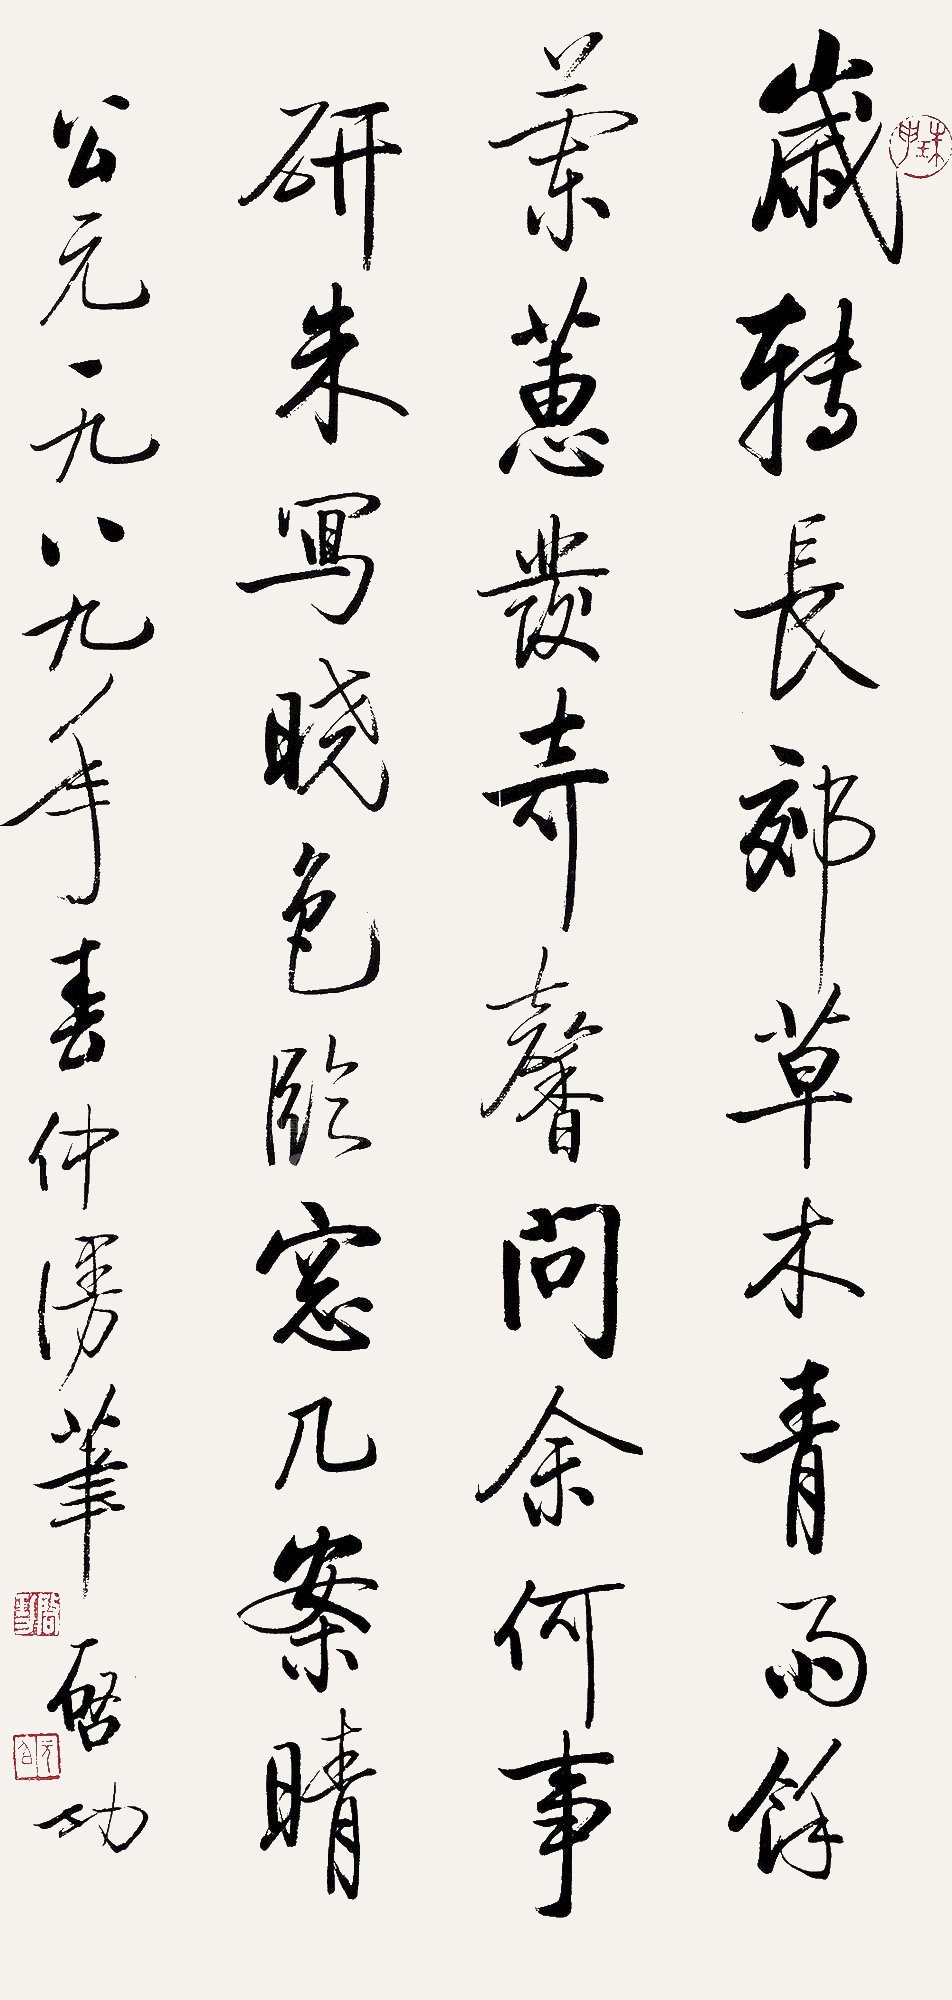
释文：岁转长郊草木青，雨余兰蕙发奇馨。问余何事研朱写，晓色临窗几案晴。公元一九八九年春仲漫笔，启功。